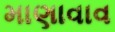
માણાવાવ